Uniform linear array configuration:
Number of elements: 64
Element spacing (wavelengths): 0.5
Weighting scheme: hann
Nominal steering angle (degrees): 30
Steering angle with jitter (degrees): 31.163
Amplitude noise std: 0.05
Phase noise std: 0.05

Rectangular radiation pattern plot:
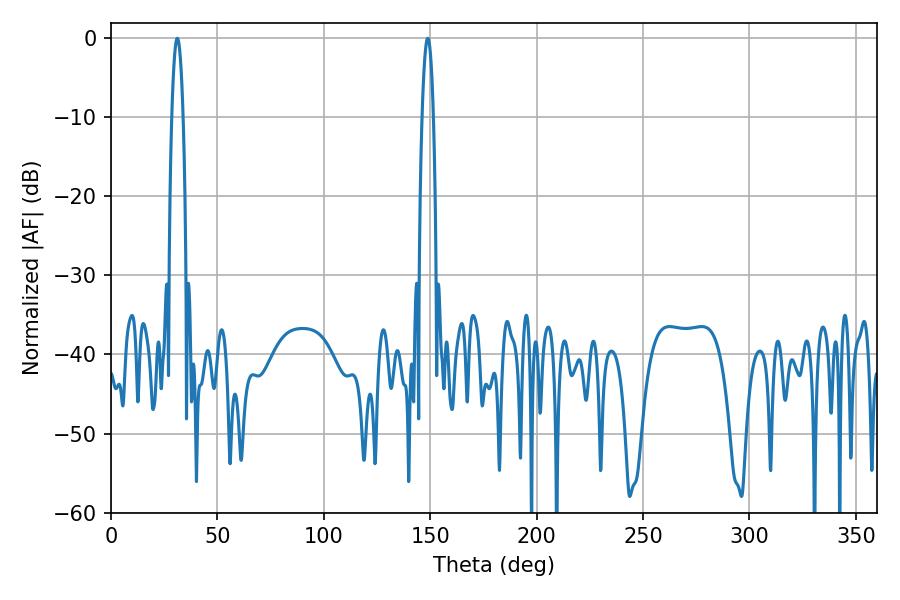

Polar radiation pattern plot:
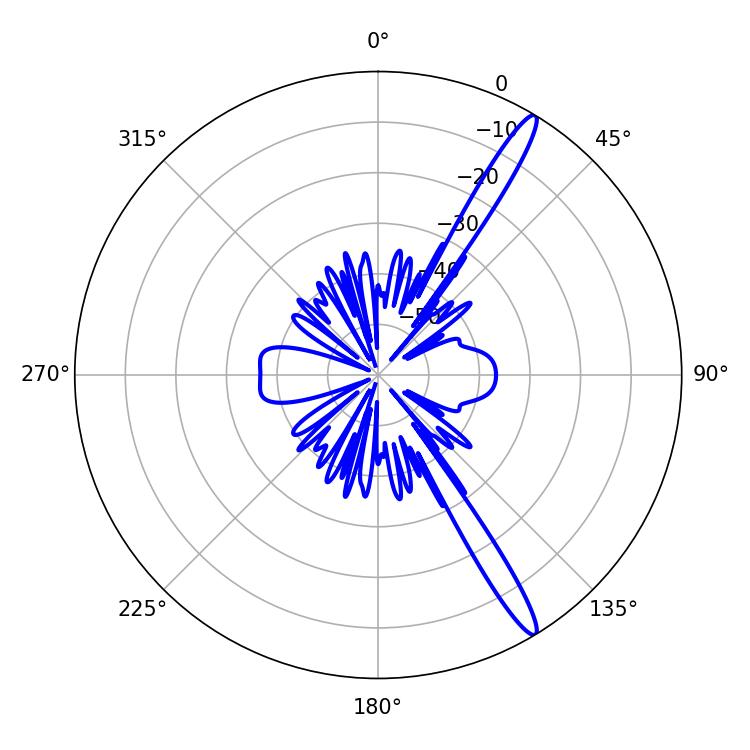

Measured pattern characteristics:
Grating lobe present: FALSE
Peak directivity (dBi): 15.402
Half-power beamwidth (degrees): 2.88
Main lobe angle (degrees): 31.14